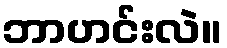
ဘာဟင်းလဲ။